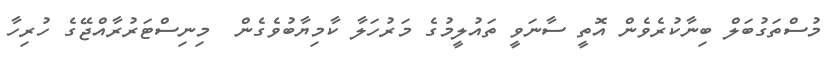
މުސްތަގުބަލް ބިނާކުރެވެން އޮތީ ސާނަވީ ތައުލީމުގެ މަރުހަލާ ކާމިޔާބުވެގެން  މިނިސްޓަރުރާއްޖޭގެ ހުރިހާ